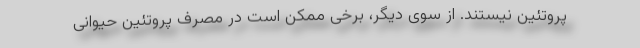
پروتئین نیستند. از سوی دیگر، برخی ممکن است در مصرف پروتئین حیوانی